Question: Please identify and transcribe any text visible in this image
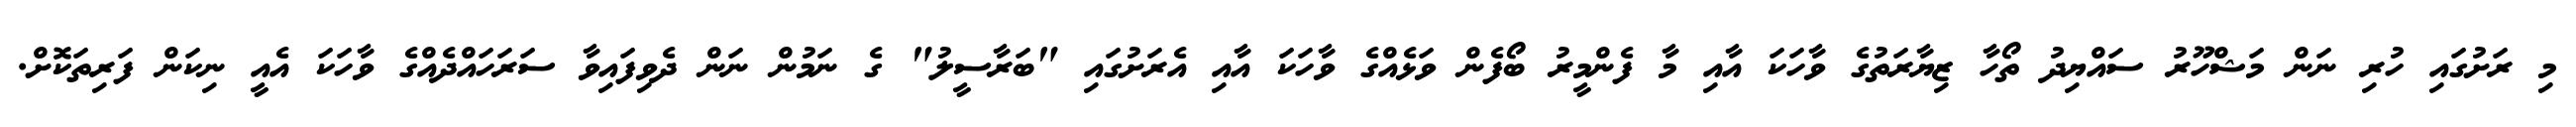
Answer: މި ރަށުގައި ހުރި ނަން މަޝްހޫރު ސައްޔިދު ތޯހާ ޒިޔާރަތުގެ ވާހަކަ އާއި މާ ފެންމީރު ބޯފެން ވަޅެއްގެ ވާހަކަ އާއި އެރަށުގައި "ބަރާސީލު" ގެ ނަމުން ނަން ދެވިފައިވާ ސަރަހައްދެއްގެ ވާހަކަ އެއީ ނިކަން ފަރިތަކޮށް.